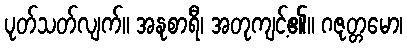
ပုတ်သတ်လျက်။ အနုစာရီ၊ အတုကျင့်၏။ ဂဇုတ္တမော၊